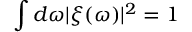
\int d \omega | \xi ( \omega ) | ^ { 2 } = 1